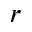
r